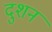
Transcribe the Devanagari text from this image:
दुशन